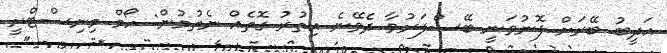
އަދީބު ބޭރަށް ފޮނުވަނީ ބޭސްފަރުވާ ދެވޭނެ އިތުރު ގޮތެއް ނެތުމުން: ހޯމް މިނިސްޓްރީ